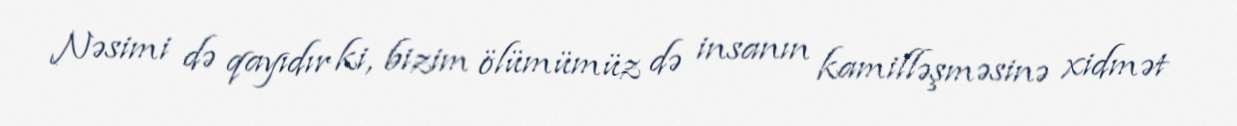
Nəsimi də qayıdır ki, bizim ölümümüz də insanın kamilləşməsinə xidmət